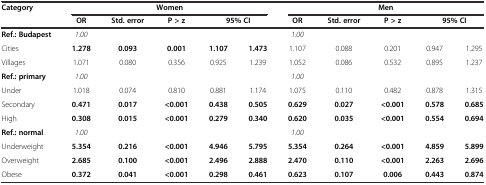
<table><thead><tr><td rowspan="2"><b>Category</b></td><td colspan="5"><b>Women</b></td><td colspan="5"><b>Men</b></td></tr><tr><td><b>OR</b></td><td><b>Std. error</b></td><td><b>P &gt; z</b></td><td colspan="2"><b>95% CI</b></td><td><b>OR</b></td><td><b>Std. error</b></td><td><b>P &gt; z</b></td><td colspan="2"><b>95% CI</b></td></tr></thead><tbody><tr><td><b>Ref.: Budapest</b></td><td><i>1.00</i></td><td></td><td></td><td></td><td></td><td><i>1.00</i></td><td></td><td></td><td></td><td></td></tr><tr><td>Cities</td><td><b>1.278</b></td><td><b>0.093</b></td><td><b>0.001</b></td><td><b>1.107</b></td><td><b>1.473</b></td><td>1.107</td><td>0.088</td><td>0.201</td><td>0.947</td><td>1.295</td></tr><tr><td>Villages</td><td>1.071</td><td>0.080</td><td>0.356</td><td>0.925</td><td>1.239</td><td>1.052</td><td>0.086</td><td>0.532</td><td>0.895</td><td>1.237</td></tr><tr><td><b>Ref.: primary</b></td><td><i>1.00</i></td><td></td><td></td><td></td><td></td><td><i>1.00</i></td><td></td><td></td><td></td><td></td></tr><tr><td>Under</td><td>1.018</td><td>0.074</td><td>0.810</td><td>0.881</td><td>1.174</td><td>1.075</td><td>0.110</td><td>0.482</td><td>0.878</td><td>1.315</td></tr><tr><td>Secondary</td><td><b>0.471</b></td><td><b>0.017</b></td><td><b>&lt;0.001</b></td><td><b>0.438</b></td><td><b>0.505</b></td><td><b>0.629</b></td><td><b>0.027</b></td><td><b>&lt;0.001</b></td><td><b>0.578</b></td><td><b>0.685</b></td></tr><tr><td>High</td><td><b>0.308</b></td><td><b>0.015</b></td><td><b>&lt;0.001</b></td><td><b>0.279</b></td><td><b>0.340</b></td><td><b>0.620</b></td><td><b>0.035</b></td><td><b>&lt;0.001</b></td><td><b>0.554</b></td><td><b>0.694</b></td></tr><tr><td><b>Ref.: normal</b></td><td><i>1.00</i></td><td></td><td></td><td></td><td></td><td><i>1.00</i></td><td></td><td></td><td></td><td></td></tr><tr><td>Underweight</td><td><b>5.354</b></td><td><b>0.216</b></td><td><b>&lt;0.001</b></td><td><b>4.946</b></td><td><b>5.795</b></td><td><b>5.354</b></td><td><b>0.264</b></td><td><b>&lt;0.001</b></td><td><b>4.859</b></td><td><b>5.899</b></td></tr><tr><td>Overweight</td><td><b>2.685</b></td><td><b>0.100</b></td><td><b>&lt;0.001</b></td><td><b>2.496</b></td><td><b>2.888</b></td><td><b>2.470</b></td><td><b>0.110</b></td><td><b>&lt;0.001</b></td><td><b>2.263</b></td><td><b>2.696</b></td></tr><tr><td>Obese</td><td><b>0.372</b></td><td><b>0.041</b></td><td><b>&lt;0.001</b></td><td><b>0.298</b></td><td><b>0.461</b></td><td><b>0.623</b></td><td><b>0.107</b></td><td><b>0.006</b></td><td><b>0.443</b></td><td><b>0.874</b></td></tr></tbody></table>